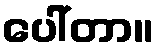
ပေါ်တာ။